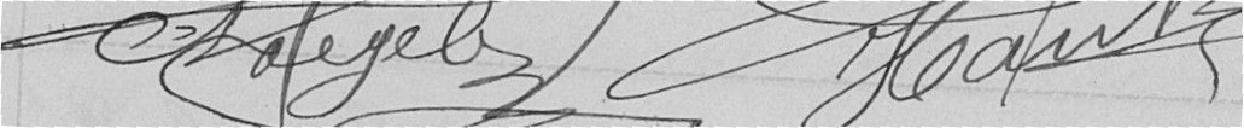
Hantz